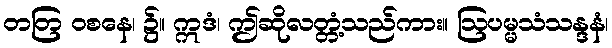
တတြ ဝစနေ၊ ၌။ ဣဒံ၊ ဤဆိုလတ္တံ့သည်ကား။ ဩပမ္မသံသန္ဒနံ၊